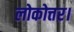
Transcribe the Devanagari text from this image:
लोकोत्तर।